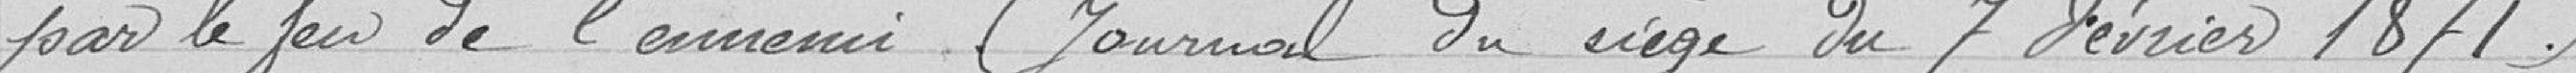
par le feu de l'ennemi (journal du siège du 7 février 1871).